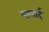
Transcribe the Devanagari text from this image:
मालार्द